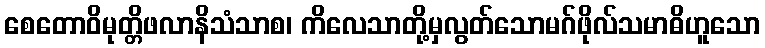
စေတောဝိမုတ္တိဖလာနိသံသာစ၊ ကိလေသာတို့မှလွတ်သောမဂ်ဖိုလ်သမာဓိဟူသော